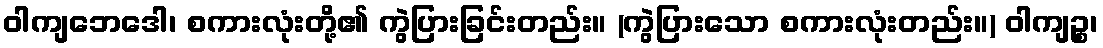
ဝါကျဘေဒေါ၊ စကားလုံးတို့၏ ကွဲပြားခြင်းတည်း။ (ကွဲပြားသော စကားလုံးတည်း။) ဝါကျဉ္စ၊